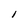
Character: l